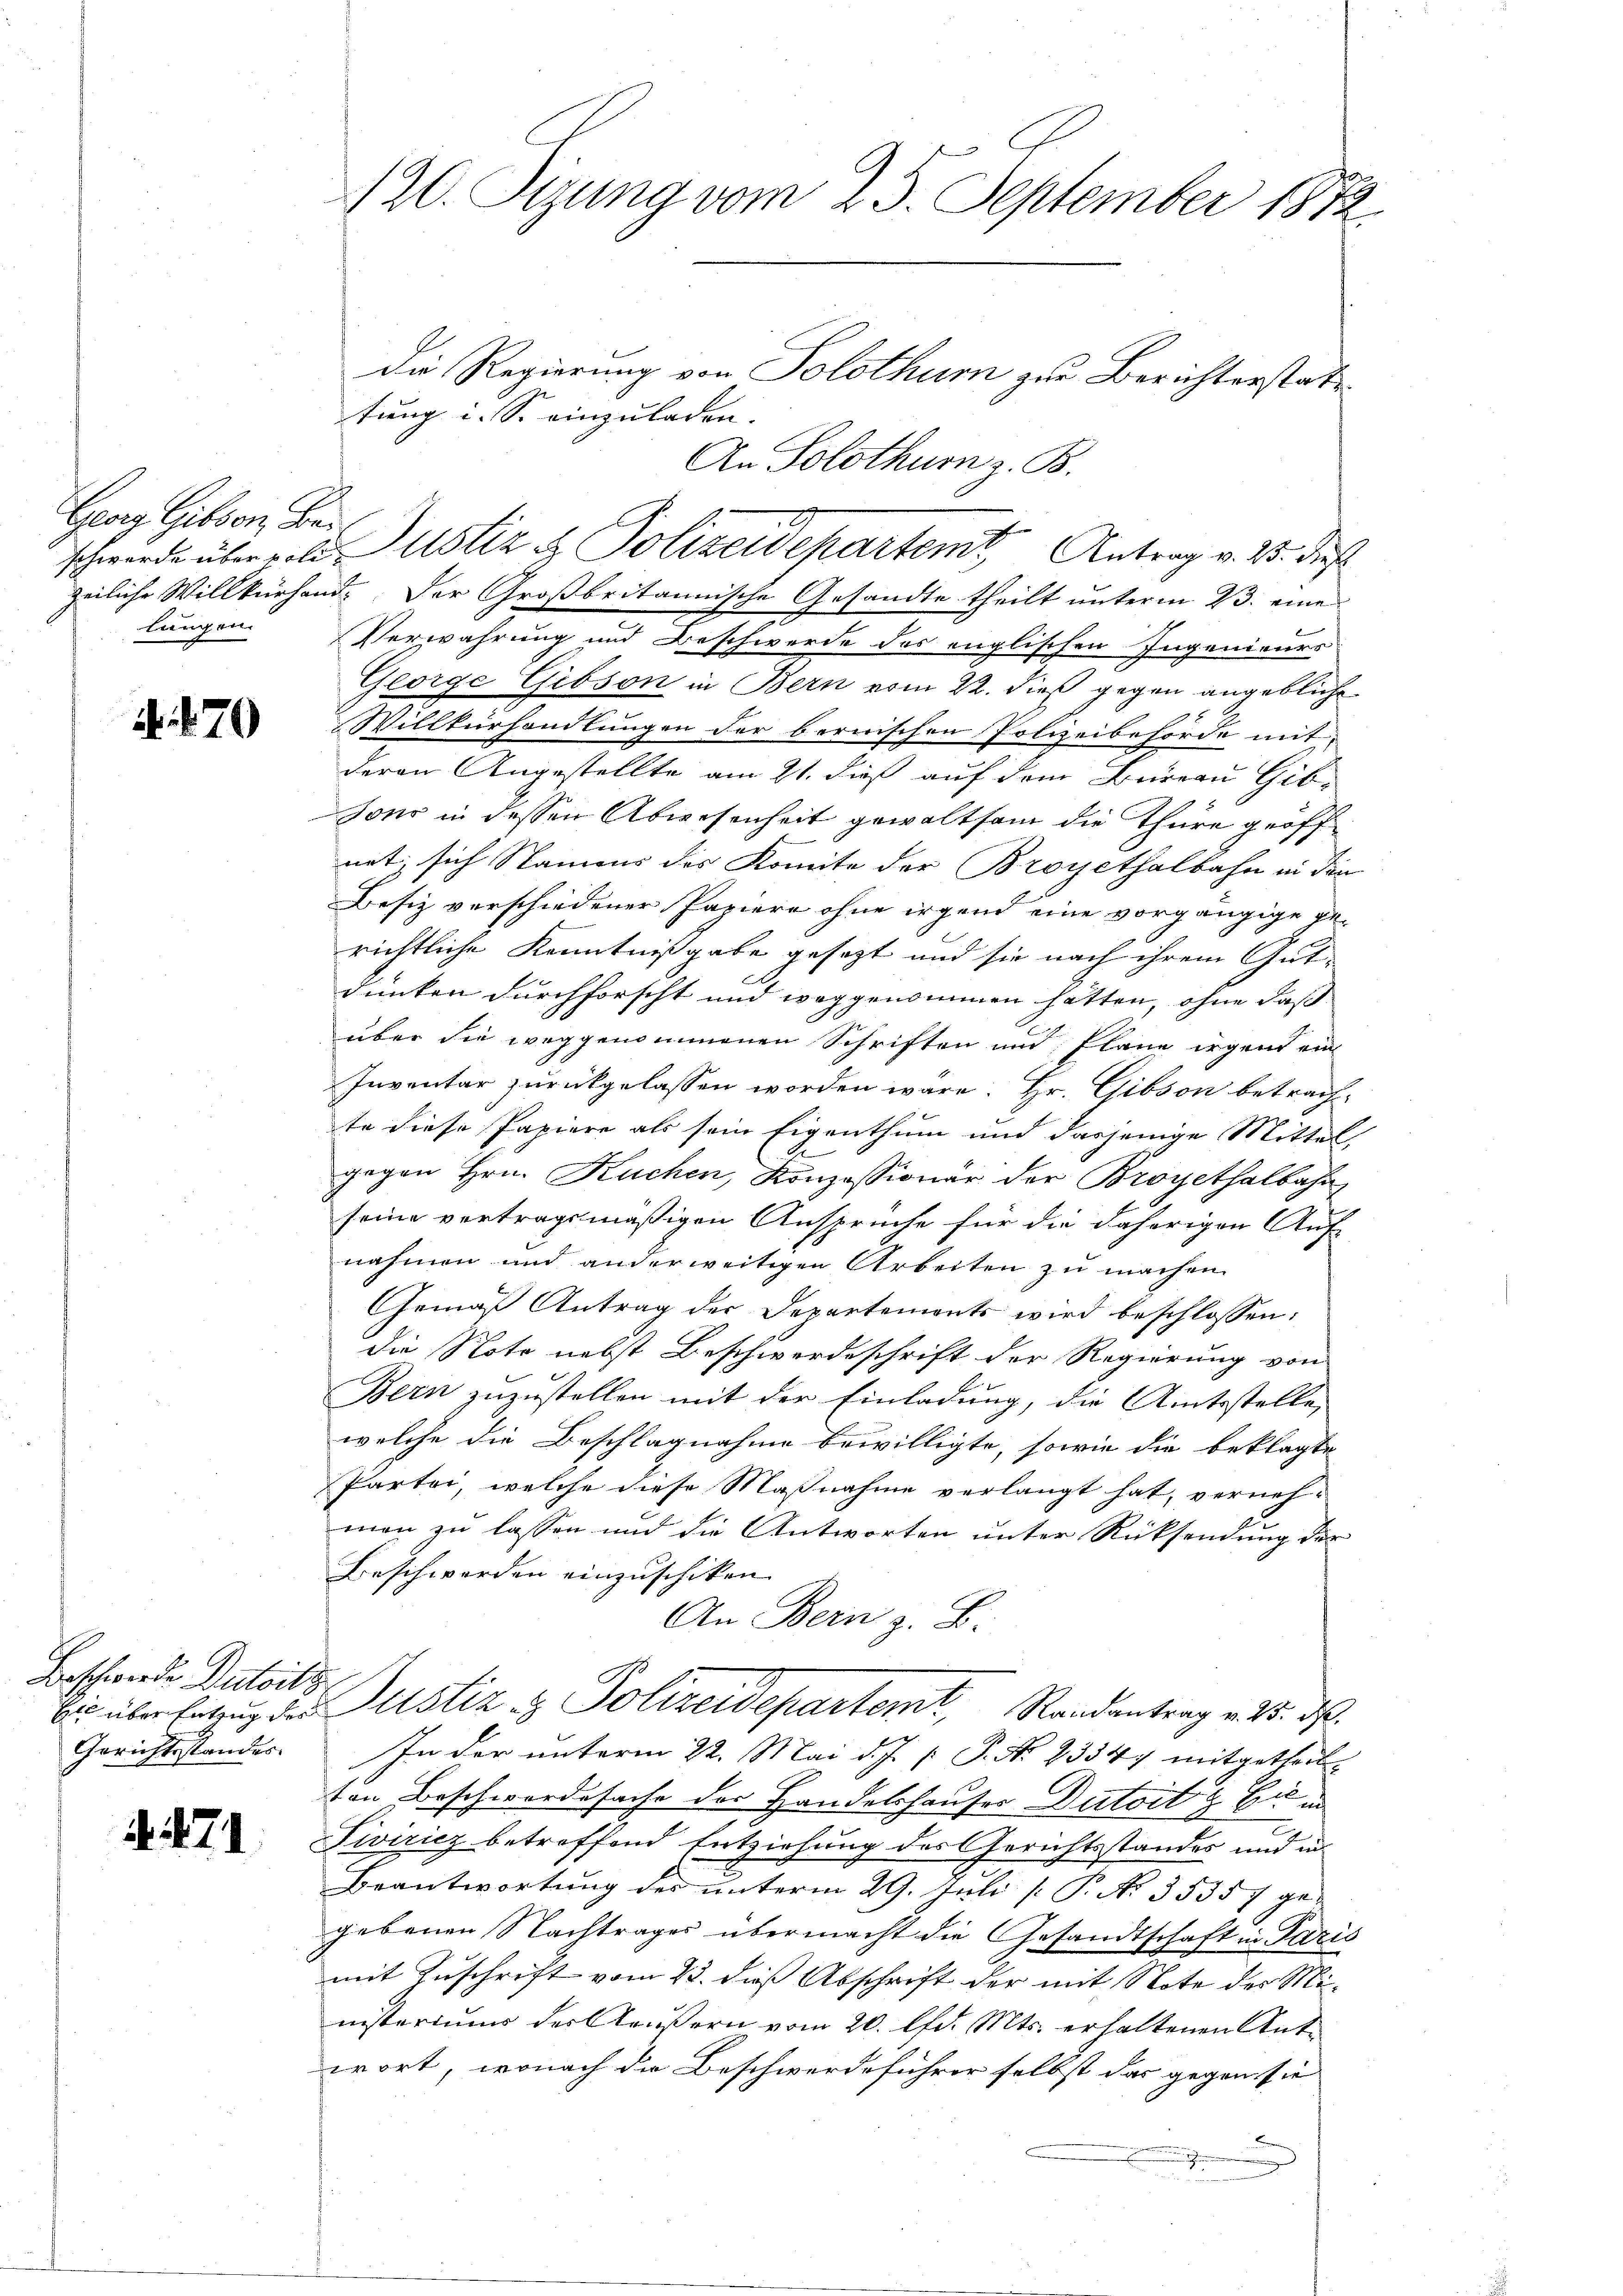
Georg Gibson. Bei
lungen.

A. 270

Beschwerde Dutsitz
Gerichtsstandes.

4471

tung i. So einzuladen. |
An Solothur z. B.
schwerde über geliustiz & Polizeidepartemit Antrag v. 25. dies
zeiliche Willkürhend. Der Großbritannische Gesandte theilt unterm 23. eine
Verwahrung und Beschwerde des englischen Ingenieurs
George Gibson in Bern vom 22. dieß gegen angebliche
Willkurhandlungen der bernischen Polizeibehörde mit
deren Angestellte am 21. dieß auf dem Bureau Gib
sono in dessen Abwesenheit gewaltsam die Thüre geöff
net; sich Namens des Komite der Broyethalbahn in den
Besiz verschiedener Papiere ohne irgend eine vorgängige gerichtliche Kenntnißgabe gesetzt und sie nach ihrem Gut-
dunken durchforscht und weggenommen hätten, ohne daß
über die weggenommenen Schriften und Pläne irgend ein
Inventar zurückgelassen worden wäre. Hr. Gibson betrachte diese Papiere als sein Eigenthum und dasjenige Mittel
gegen Hrn. Kuchen, Konzessionär der Broyethalbahn
seine vertragsmäßigen Ansprüche für die daherigen Auf-
nahmen und anderweitigen Arbeiten zu machen.
Gemäß Antrag der Departements wird beschlossen:
die Note nebst Beschwerdeschrift der Regierung von
Bern zuzustellen mit der Einladung, die Amtsstelle,
welche die Beschlagnahme bewilligte, sowie die beklagte
Partei, welche diese Maßnahme verlangt hat, vernehman zu lassen und die Antworten unter Rücksendung der
Beschwerden einzuschiken.
An Bern z. B.
bis über Entzug der Justiz & Polizeidepartemt, Randantrag v. 15. d.
In der unterm 22. Mai d. J. P. P. Nr. 2334. mitgetheilten Beschwerdesache der Handelshauses Datoits zum
Fiviricz betreffend Entziehung des Gerichtsstandes und in
Beantwortung der unterm 29. Juli [ P. No. 35357 ge-
gebenen Nachtrages übermacht die Gesandtschaft in Paris
mit Zuschrift vom 23. dieß Abschrift der mit Note des Ministeriums der Grußern vom 20. lfd. Mts. erhaltenen Antwort, wonach die Beschwerdeführer selbst das gegen sie |
x

120. Sizung vom 25. September 1872.

Die Regierung von Solothur zur Berichterstatt¬